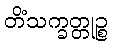
တိံသက္ခတ္တုဉ္စ